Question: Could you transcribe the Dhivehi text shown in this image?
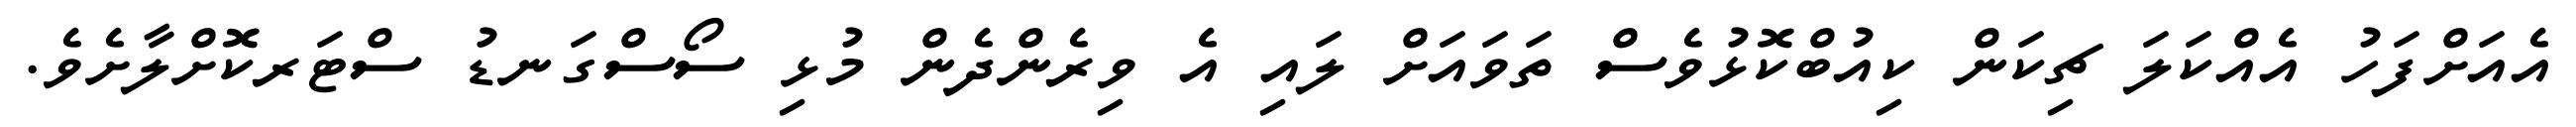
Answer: އެއަށްފަހު އެއްކަލަ ޗިކަން ކިއުބްކޮޅުވެސް ތަވައަށް ލައި އެ ވިރެންދެން މުޅި ސޯސްގަނޑު ސްޓަރކޮށްލާށެވެ.